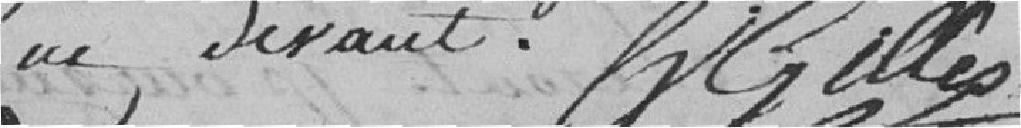
que devant Gilles